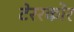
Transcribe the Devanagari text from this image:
टेररकोर